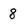
Character: 8